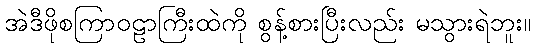
အဲဒီဖိုစကြာဝဠာကြီးထဲကို စွန့်စားပြီးလည်း မသွားရဲဘူး။